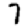
Digit: 7